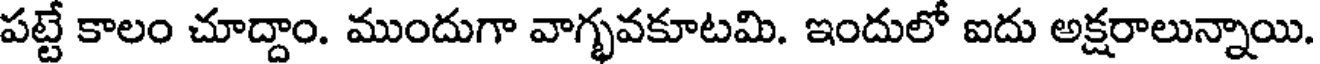
పట్టే కాలం చూద్దాం. ముందుగా వాగ్భవకూటమి. ఇందులో ఐదు అక్షరాలున్నాయి.